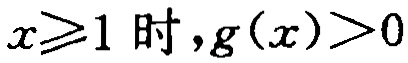
$x\geqslant1\text{ 时},g(x)>0$